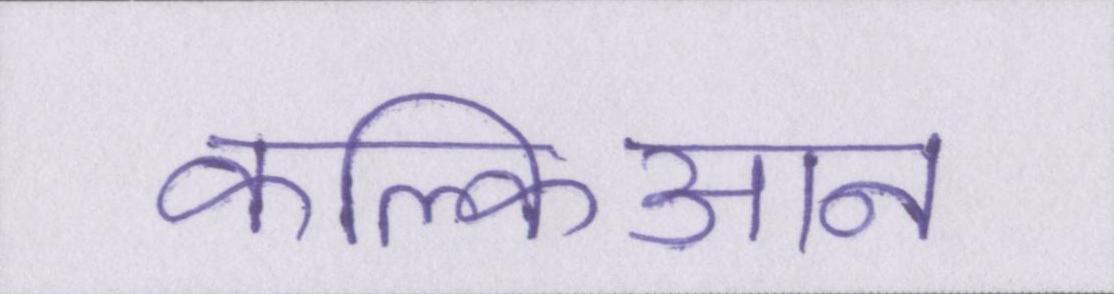
कल्किआन